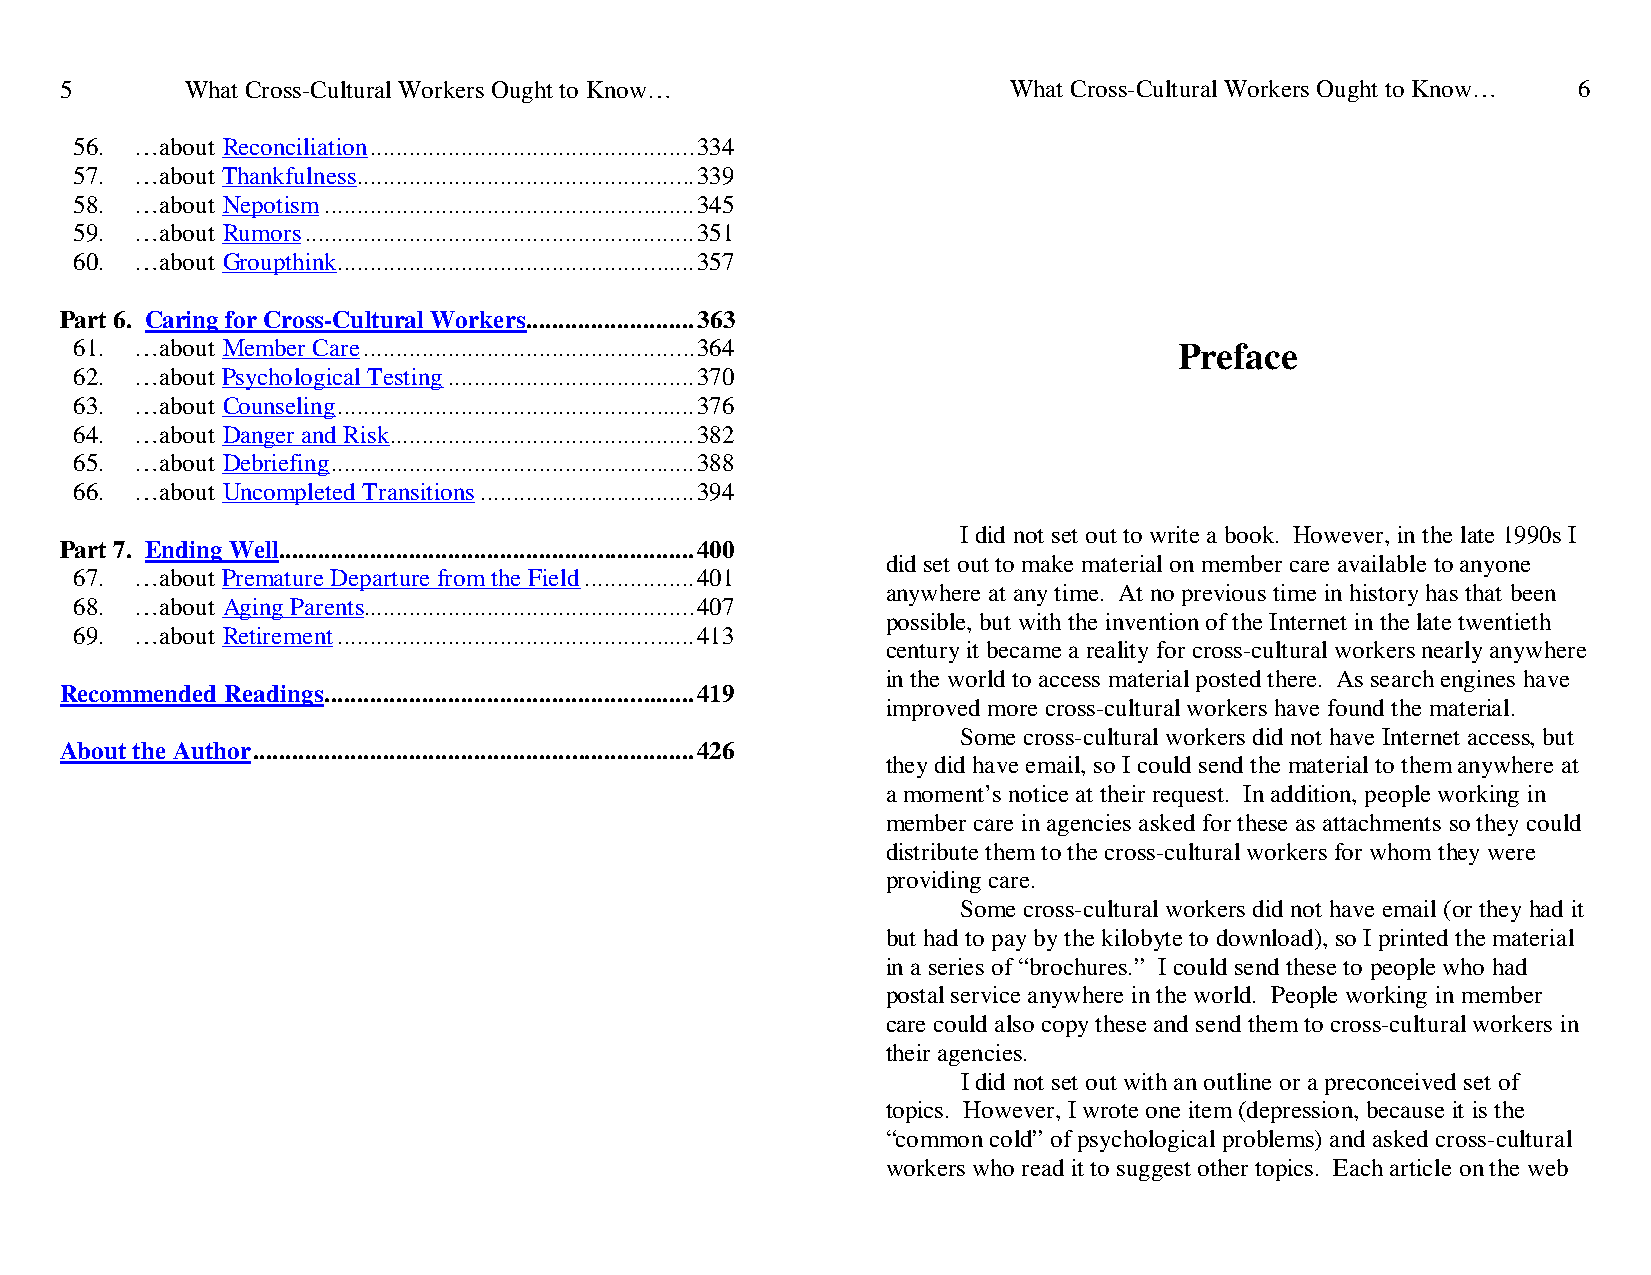
5       What Cross-Cultural Workers Ought to Know…             What Cross-Cultural Workers Ought to Know… 6
 56. …about Reconciliation .................................................. 334
 57. …about Thankfulness .................................................... 339
 58. …about Nepotism ......................................................... 345
 59. …about Rumors ............................................................ 351
 60. …about Groupthink ....................................................... 357
 Part 6. Caring for Cross-Cultural Workers .......................... 363
 61. …about Member Care ................................................... 364 Preface
 62. …about Psychological Testing ...................................... 370
 63. …about Counseling ....................................................... 376
 64. …about Danger and Risk............................................... 382
 65. …about Debriefing ........................................................ 388
 66. …about Uncompleted Transitions ................................. 394
 I did not set out to write a book. However, in the late 1990s I
 Part 7. Ending Well ................................................................ 400
 did set out to make material on member care available to anyone
 67. …about Premature Departure from the Field ................. 401
 anywhere at any time. At no previous time in history has that been
 68. …about Aging Parents................................................... 407
 possible, but with the invention of the Internet in the late twentieth
 69. …about Retirement ....................................................... 413
 century it became a reality for cross-cultural workers nearly anywhere
 in the world to access material posted there. As search engines have
 Recommended Readings ......................................................... 419
 improved more cross-cultural workers have found the material.
 Some cross-cultural workers did not have Internet access, but
 About the Author .................................................................... 426
 they did have email, so I could send the material to them anywhere at
 a moment’s notice at their request. In addition, people working in
 member care in agencies asked for these as attachments so they could
 distribute them to the cross-cultural workers for whom they were
 providing care.
 Some cross-cultural workers did not have email (or they had it
 but had to pay by the kilobyte to download), so I printed the material
 in a series of “brochures.” I could send these to people who had
 postal service anywhere in the world. People working in member
 care could also copy these and send them to cross-cultural workers in
 their agencies.
 I did not set out with an outline or a preconceived set of
 topics. However, I wrote one item (depression, because it is the
 “common cold” of psychological problems) and asked cross-cultural
 workers who read it to suggest other topics. Each article on the web